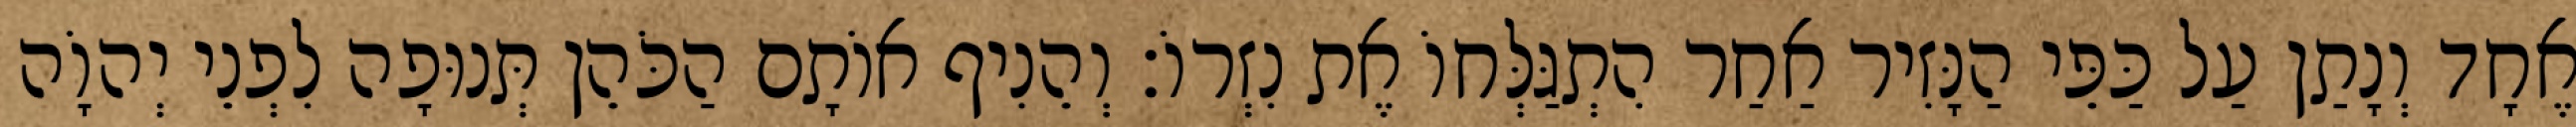
אֶחָד וְנָתַן עַל כַּפֵּי הַנָּזִיר אַחַר הִתְגַּלְּחוֹ אֶת נִזְרוֹ׃ וְהֵנִיף אוֹתָם הַכֹּהֵן תְּנוּפָה לִפְנֵי יְהוָֹה